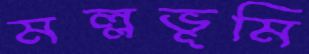
মল্লভূমি